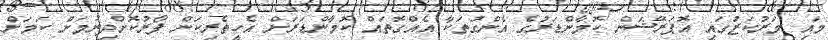
މައި މަރުކަޒުގައި އޮޕަރޭޝަން ކޮމާންޑަރުގެ އެންގުތަކާ އެއްގޮތައް ކޮމާންޑަރަށް އެހީތެރިކަން ފޯރުކޮށްދިނުމަށް ކަމަށް